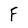
Character: F